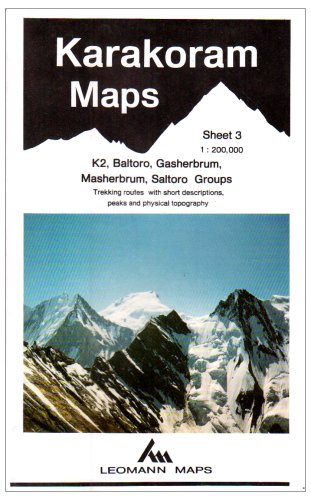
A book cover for Karakoram Mountain Map: K2, Baltoro, Gasherbrum, Masherbrum, Saltoro Groups Sheet 3 (Leomann Maps); Travel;